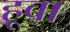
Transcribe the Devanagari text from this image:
हूवा